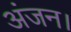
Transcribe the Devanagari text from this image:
अंजन।